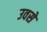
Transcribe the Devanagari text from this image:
उवसे